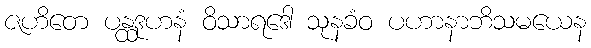
ဇဟိတေ ပန္ထဒုဟနံ ဝိသာရဒေါ သုနခံဝ ပဟာနာဘိသမယေန